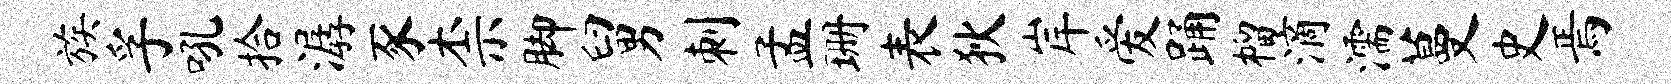
族孚吼拾潺豕柰脚舅刺孟珊表狄岸爱踊榴滴濡蔓史焉